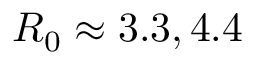
R _ { 0 } \approx 3 . 3 , 4 . 4